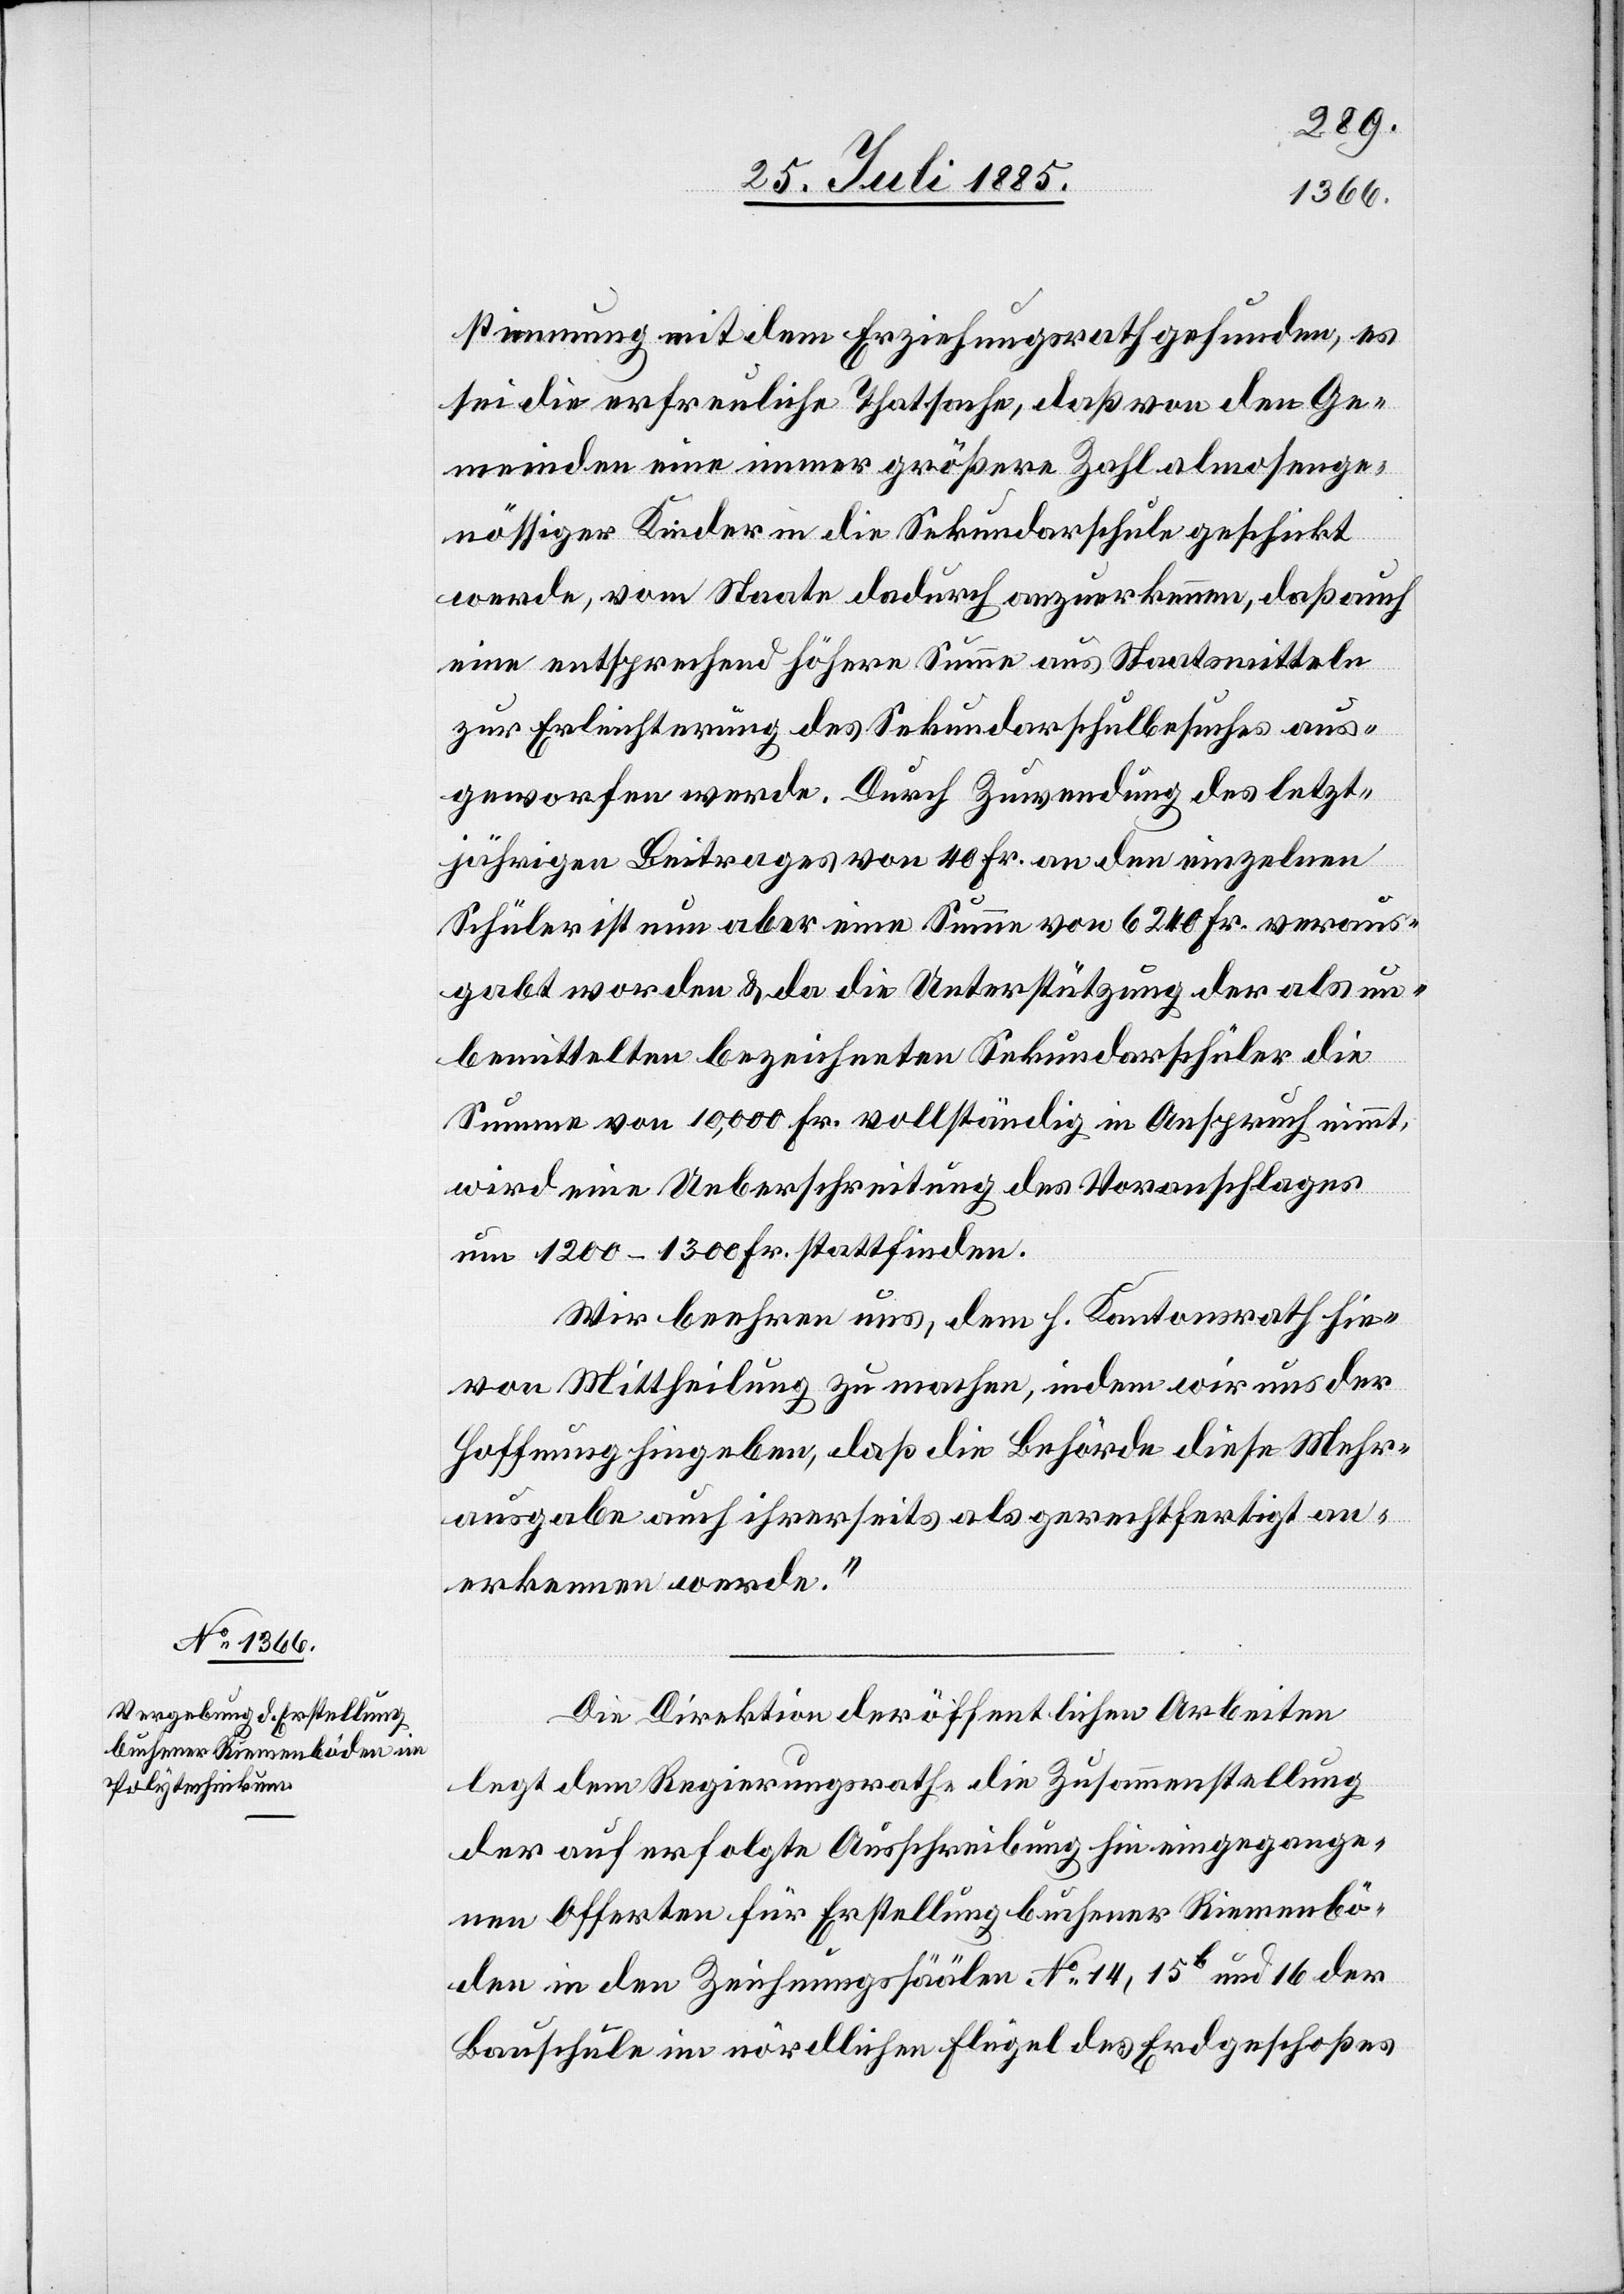
stimmung mit dem Erziehungsrath gefunden, es
sei die erfreuliche Thatsache, daß von den Ge¬
meinden eine immer größere Zahl almosenge¬
nössiger Kinder in die Sekundarschule geschickt
werde, vom Staate dadurch anzuerkennen, daß auch
eine entsprechend höhere Summe aus Staatsmitteln
zur Erleichterung des Sekundarschulbesuches aus¬
geworfen werde. Durch Zuwendung des letzt¬
jährigen Beitrages von 40 Fr. an den einzelnen
Schüler ist nun aber eine Summe von 6240 Fr. veraus¬
gabt worden & da die Unterstützung der als un¬
bemittelten bezeichneten Sekundarschüler die
Summe von 10,000 Fr. vollständig in Anspruch nimmt,
wird eine Ueberschreitung des Voranschlages
um 1200–1300 Fr. stattfinden.
Wir beehren uns, dem h. Kantonsrath hie¬
von Mittheilung zu machen, indem wir uns der
Hoffnung hingeben, daß die Behörde diese Mehr¬
ausgabe auch ihrerseits als gerechtfertigt an¬
erkennen werde.“
Die Direktion der öffentlichen Arbeiten
legt dem Regierungsrathe die Zusammenstellung
der auf erfolgte Ausschreibung hin eingegange¬
nen Offerten für Erstellung buchener Riemenbö¬
den in den Zeichnungssäälen No 14, 15b und 16 der
Bauschule im nördlichen Flügel des Erdgeschoßes